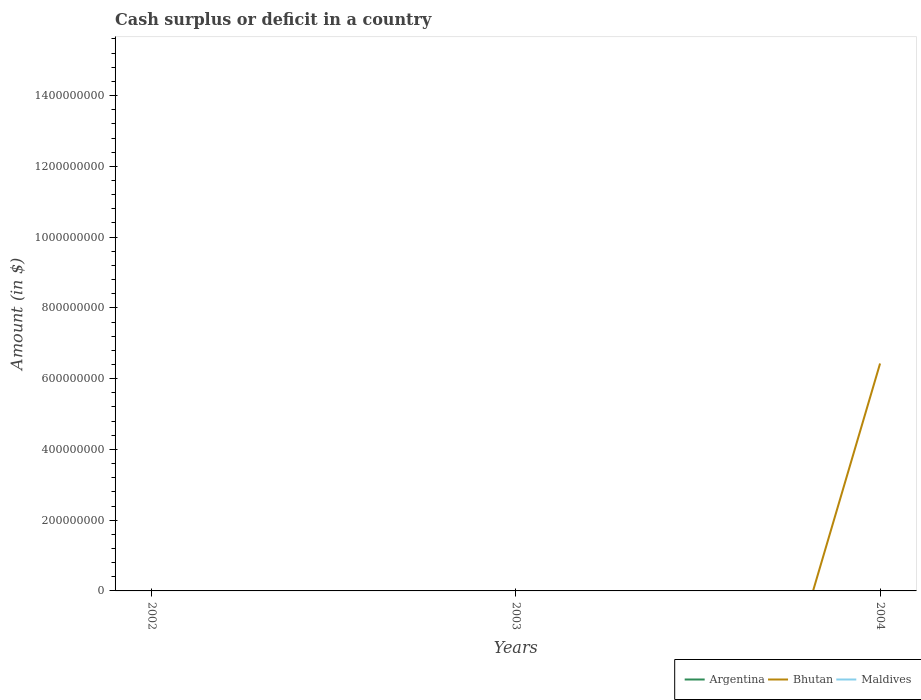
| Years | Argentina | Bhutan | Maldives |
 | --- | --- | --- | --- |
 | 2002 | -1.78e+10 | -9.54e+08 | -4.21e+08 |
 | 2003 | -1.06e+10 | -2.85e+09 | -4.64e+08 |
 | 2004 | -2.06e+09 | 6.43e+08 | -3.54e+08 |